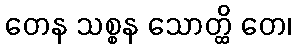
တေန သစ္စန သောတ္ထိ တေ၊